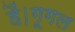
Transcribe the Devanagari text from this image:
हैं।गूगल